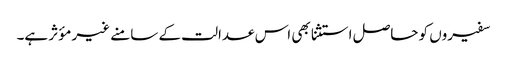
سفیروں کو حاصل استثنا بھی اس عدالت کے سامنے غیر مؤثر ہے۔